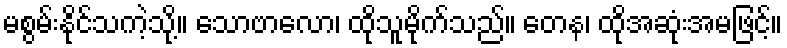
မစွမ်းနိုင်သကဲ့သို့။ သောဗာလော၊ ထိုသူမိုက်သည်။ တေန၊ ထိုအဆုံးအမဖြင့်။